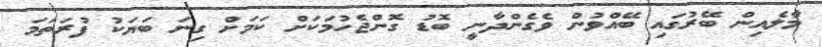
މާލެއިން ބޭރުގައި ބޭއްވުން ވެގެންދާނީ ބޮޑު ގޮންޖެހުމަކަށް ކަމަށް ގިނަ ބަޔަކު ފުރަތަމަ